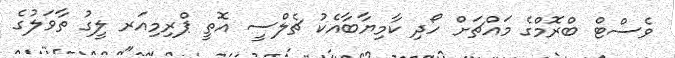
ވެސްޓް ބްރޮމްގެ މައްޗަށް ހޯދި ކާމިޔާބާއެކު ޗެލްސީ އޮތީ ޕްރިމިއަރ ލީގު ތާވަލުގެ